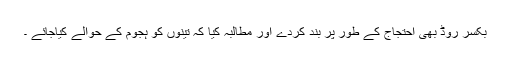
بکسر روڈ بھی احتجاج کے طور پر بند کردے اور مطالبہ کیا کہ تینوں کو ہجوم کے حوالے کیاجائے ۔